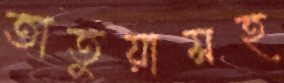
তাতুয়াসহ